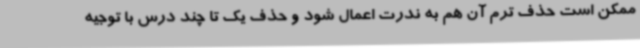
ممکن است حذف ترم آن هم به ندرت اعمال شود و حذف یک تا چند درس با توجیه